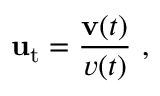
\mathbf { u } _ { \mathrm { t } } = { \frac { \mathbf { v } ( t ) } { v ( t ) } } \ ,